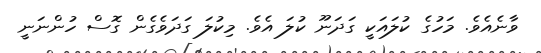
ވާނެއެވެ. މަހުގެ ކުލައަކީ ގަދަނޫ ކުލަ އެވެ. މިކުލަ ގަދަވެގެން ގޮސް ހުންނަނީ